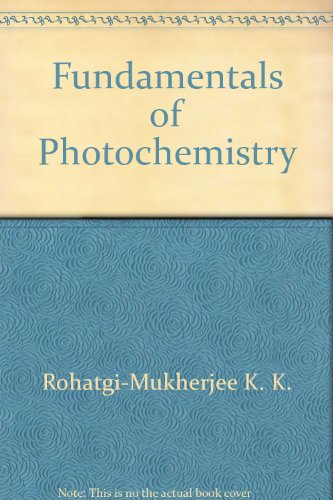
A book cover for Fundamentals of photochemistry; K. K Rohatgi-Mukherjee; Science & Math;